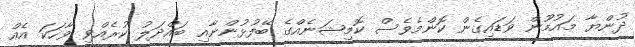
ދުންޔާ މައުމޫން ވަޑައިގެން ކޮންމެވެސް ކޮމިޝަނެއްގެ ބޭފުޅުންނާއި ބައްދަލު ކުރެއްވި ވާހަކަ އެއް